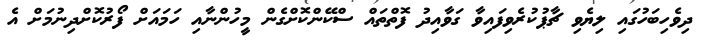
ދިވެހިބަހުގައި ލިޔެވި ޗާޕުކުރެވިފައިވާ ގަވާއިދު ފޮތްތައް ސްކޭންކޮށްގެން މީހުންނާއި ހަމައަށް ފޯރުކޮށްދިނުމަށް އެ